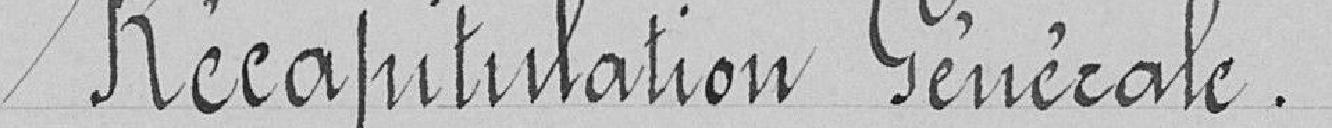
Récapitulation Générale